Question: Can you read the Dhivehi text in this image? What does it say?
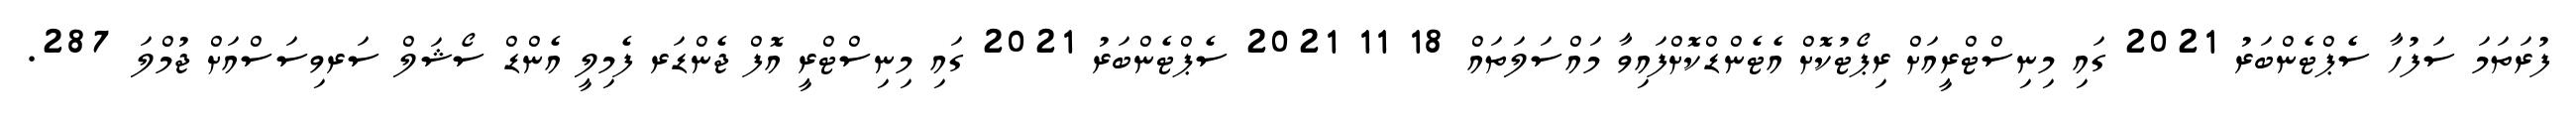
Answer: ފުރަތަމަ ސަފުހާ ސެޕްޓެންބަރު 2021 ގައި މިނިސްޓްރީއަށް ރިޕޯޓުކޮށް އެޓެންޑްކޮށްފައިވާ މައްސަލަތައް 18 11 2021 ސެޕްޓެންބަރު 2021 ގައި މިނިސްޓްރީ އޮފް ޖެންޑަރ ފެމިލީ އެންޑް ސޯޝަލް ސަރވިސަސްއަށް ޖުމްލަ 287.